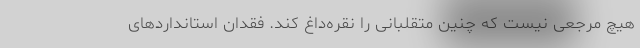
هیچ مرجعی نیست که چنین متقلبانی را نقره‌داغ کند. فقدان استانداردهای